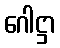
ဂေါဋ္ဌာ